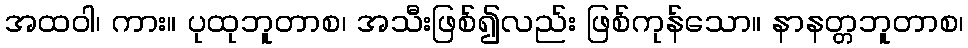
အထဝါ၊ ကား။ ပုထုဘူတာစ၊ အသီးဖြစ်၍လည်း ဖြစ်ကုန်သော။ နာနတ္တဘူတာစ၊